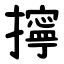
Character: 擰